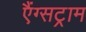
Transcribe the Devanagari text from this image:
एैंग्सट्राम